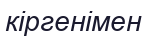
кіргенімен